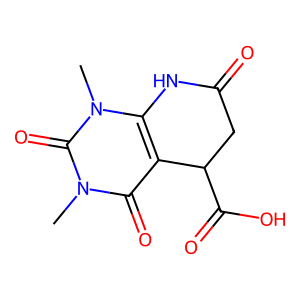
SMILES: Cn1c2c(c(=O)n(C)c1=O)C(C(=O)O)CC(=O)N2
Inhibits HIV replication: No